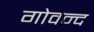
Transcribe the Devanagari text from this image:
गोवन्द